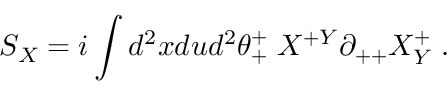
S _ { X } = i \int d ^ { 2 } x d u d ^ { 2 } \theta _ { + } ^ { + } \; X ^ { + Y } \partial _ { + + } X _ { Y } ^ { + } \; .